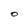
Character: 0